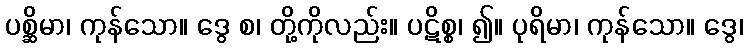
ပစ္ဆိမာ၊ ကုန်သော။ ဒွေ စ၊ တို့ကိုလည်း။ ပဋိစ္စ၊ ၍။ ပုရိမာ၊ ကုန်သော။ ဒွေ၊